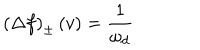
LaTeX: \left( \Delta f \right) _ { \pm } \left( v \right) = \frac { 1 } { \omega _ { d } }